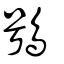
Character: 鴞